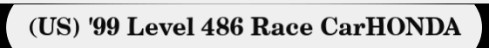
(US) '99 Level 486 Race CarHONDA